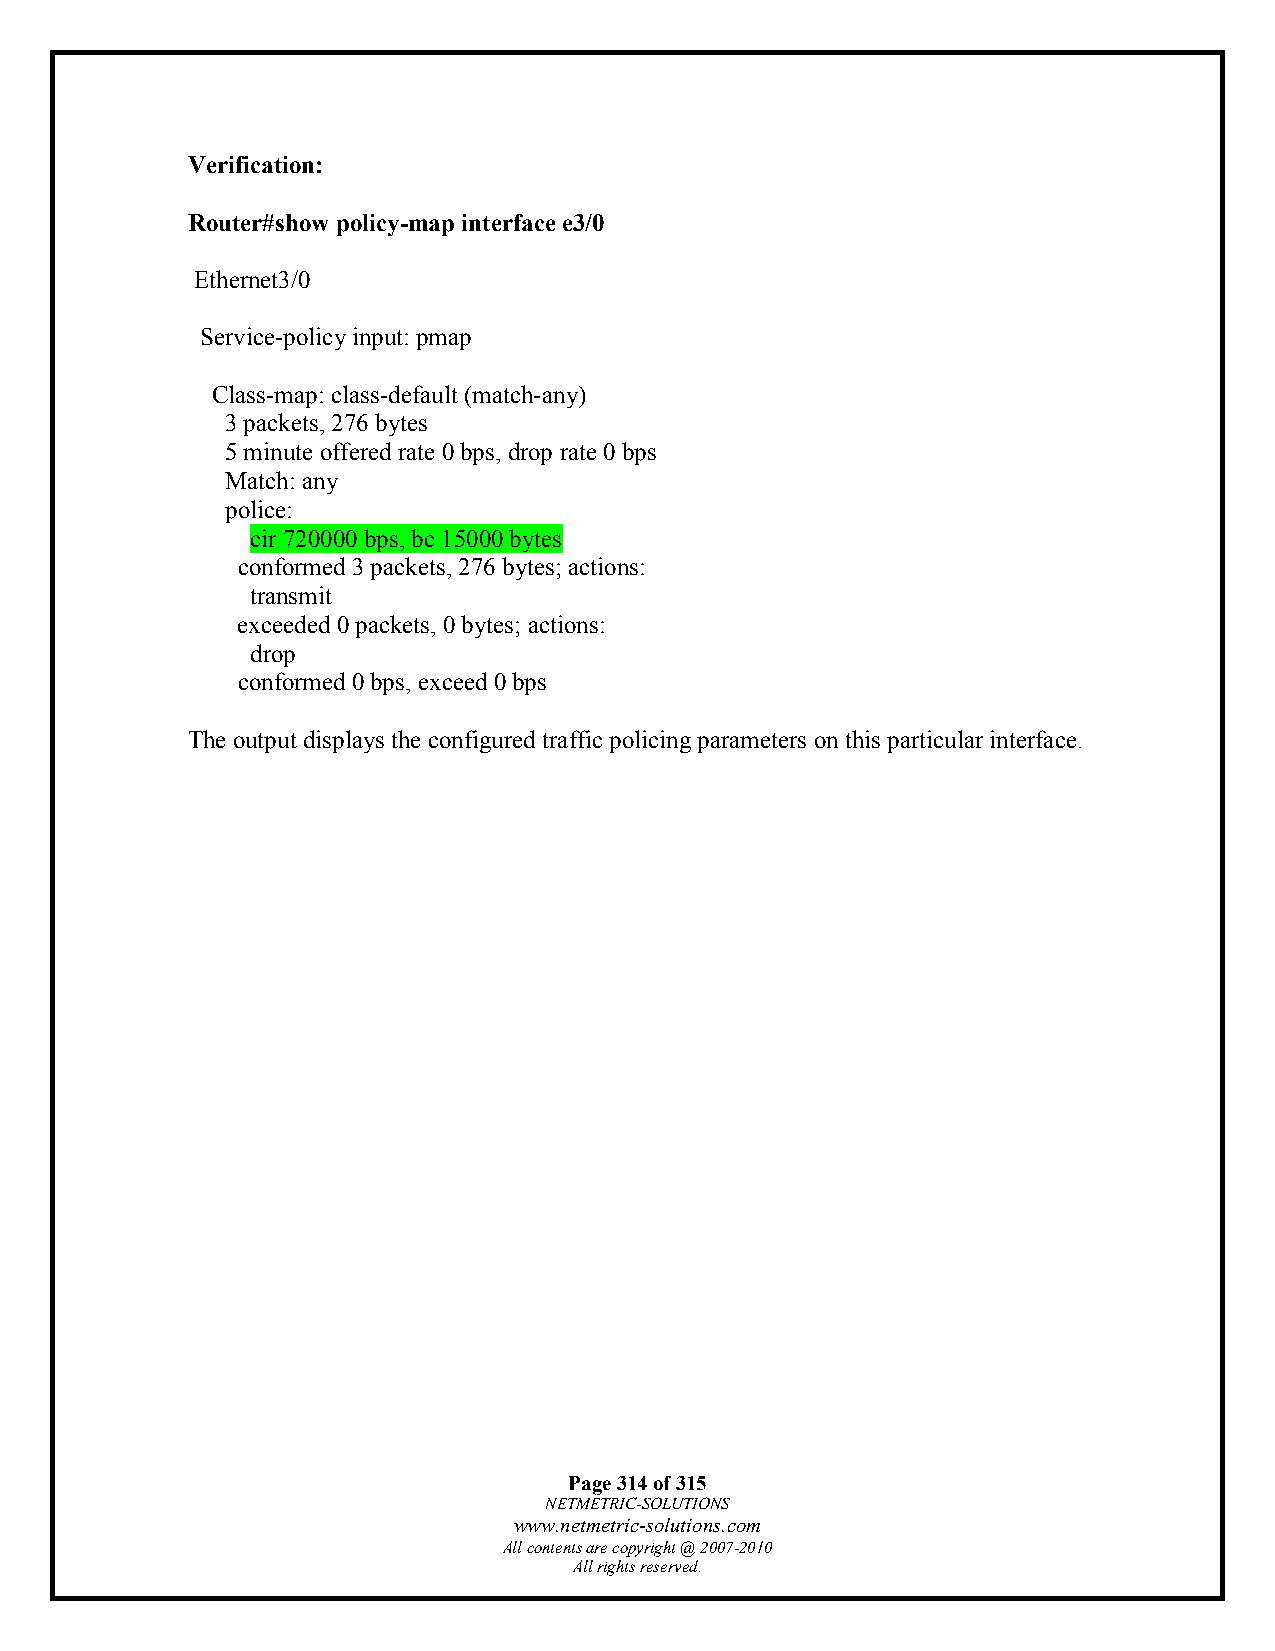
Verification:
 Router#show policy-map interface e3/0
 Ethernet3/0
 Service-policy input: pmap
 Class-map: class-default (match-any)
 3 packets, 276 bytes
 5 minute offered rate 0 bps, drop rate 0 bps
 Match: any
 police:
 cir 720000 bps, bc 15000 bytes
 conformed 3 packets, 276 bytes; actions:
 transmit
 exceeded 0 packets, 0 bytes; actions:
 drop
 conformed 0 bps, exceed 0 bps
 The output displays the configured traffic policing parameters on this particular interface.
 Page 314 of 315
 NETMETRIC-SOLUTIONS
 www.netmetric-solutions.com
 All contents are copyright @ 2007-2010
 All rights reserved.